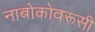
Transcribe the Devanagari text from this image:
नाबोकोवरूसी